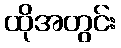
ထိုအတွင်း